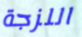
اللزجة